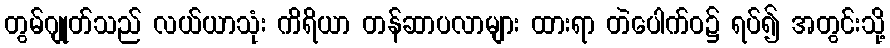
တွမ်ဂျုတ်သည် လယ်ယာသုံး ကိရိယာ တန်ဆာပလာများ ထားရာ တဲပေါက်ဝ၌ ရပ်၍ အတွင်းသို့